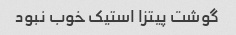
گوشت پیتزا استیک خوب نبود